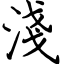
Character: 淺